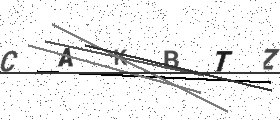
Text: CAKBTZ